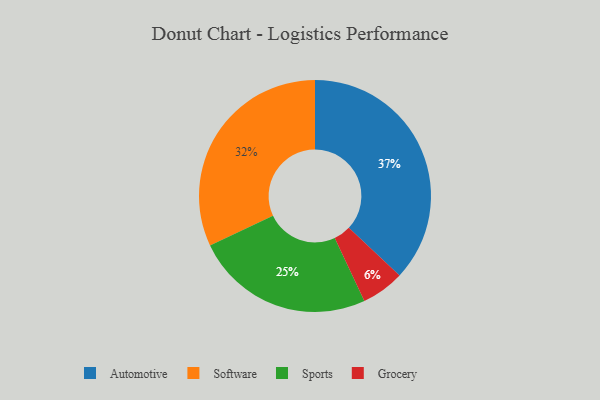
{"axis": {"x": "Category", "y": "Percentage"}, "legend": ["Automotive", "Grocery", "Software", "Sports"], "data": [{"x": "Sports", "y": 25, "type": "Sports"}, {"x": "Automotive", "y": 37, "type": "Automotive"}, {"x": "Software", "y": 32, "type": "Software"}, {"x": "Grocery", "y": 6, "type": "Grocery"}]}